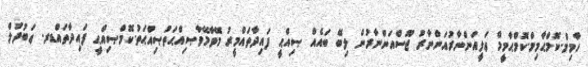
ހާމިމް.ކޮމްޙާމިމް.ކޮމްޙާމީމް ޢަލީއަންނާރުއަންނާރު ޖޫސްއަންނާރުން ލިބޭ ބައެއް ޞިއްޙީ ފައިދާތައްމީރު މޭވާމޭވާޞިއްޙަތުޞިއްޙަތު.ކޮމްޞިއްޙީ ފައިދާތައްޑރ. ޢަބުދުލް